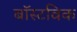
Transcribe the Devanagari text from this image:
बॉस्टविक